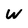
Character: W